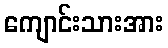
ကျောင်းသားအား